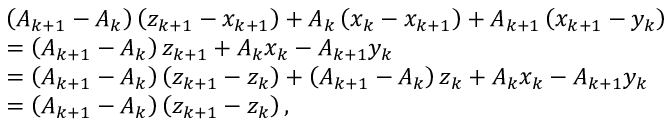
\begin{array} { r l } & { \left( A _ { k + 1 } - A _ { k } \right) \left( z _ { k + 1 } - x _ { k + 1 } \right) + A _ { k } \left( x _ { k } - x _ { k + 1 } \right) + A _ { k + 1 } \left( x _ { k + 1 } - y _ { k } \right) } \\ & { = \left( A _ { k + 1 } - A _ { k } \right) z _ { k + 1 } + A _ { k } x _ { k } - A _ { k + 1 } y _ { k } } \\ & { = \left( A _ { k + 1 } - A _ { k } \right) \left( z _ { k + 1 } - z _ { k } \right) + \left( A _ { k + 1 } - A _ { k } \right) z _ { k } + A _ { k } x _ { k } - A _ { k + 1 } y _ { k } } \\ & { = \left( A _ { k + 1 } - A _ { k } \right) \left( z _ { k + 1 } - z _ { k } \right) , } \end{array}